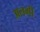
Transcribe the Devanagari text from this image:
अलगी